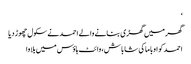
‘
گھر میں گھڑی بنانے والے احمد نے سکول چھوڑ دیا
احمد کو اوباما کی شاباش، وائٹ ہاؤس میں بلاوا